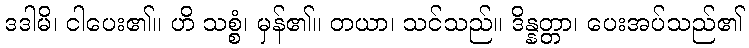
ဒဒါမိ၊ ငါပေး၏။ ဟိ သစ္စံ၊ မှန်၏။ တယာ၊ သင်သည်။ ဒိန္နတ္တာ၊ ပေးအပ်သည်၏